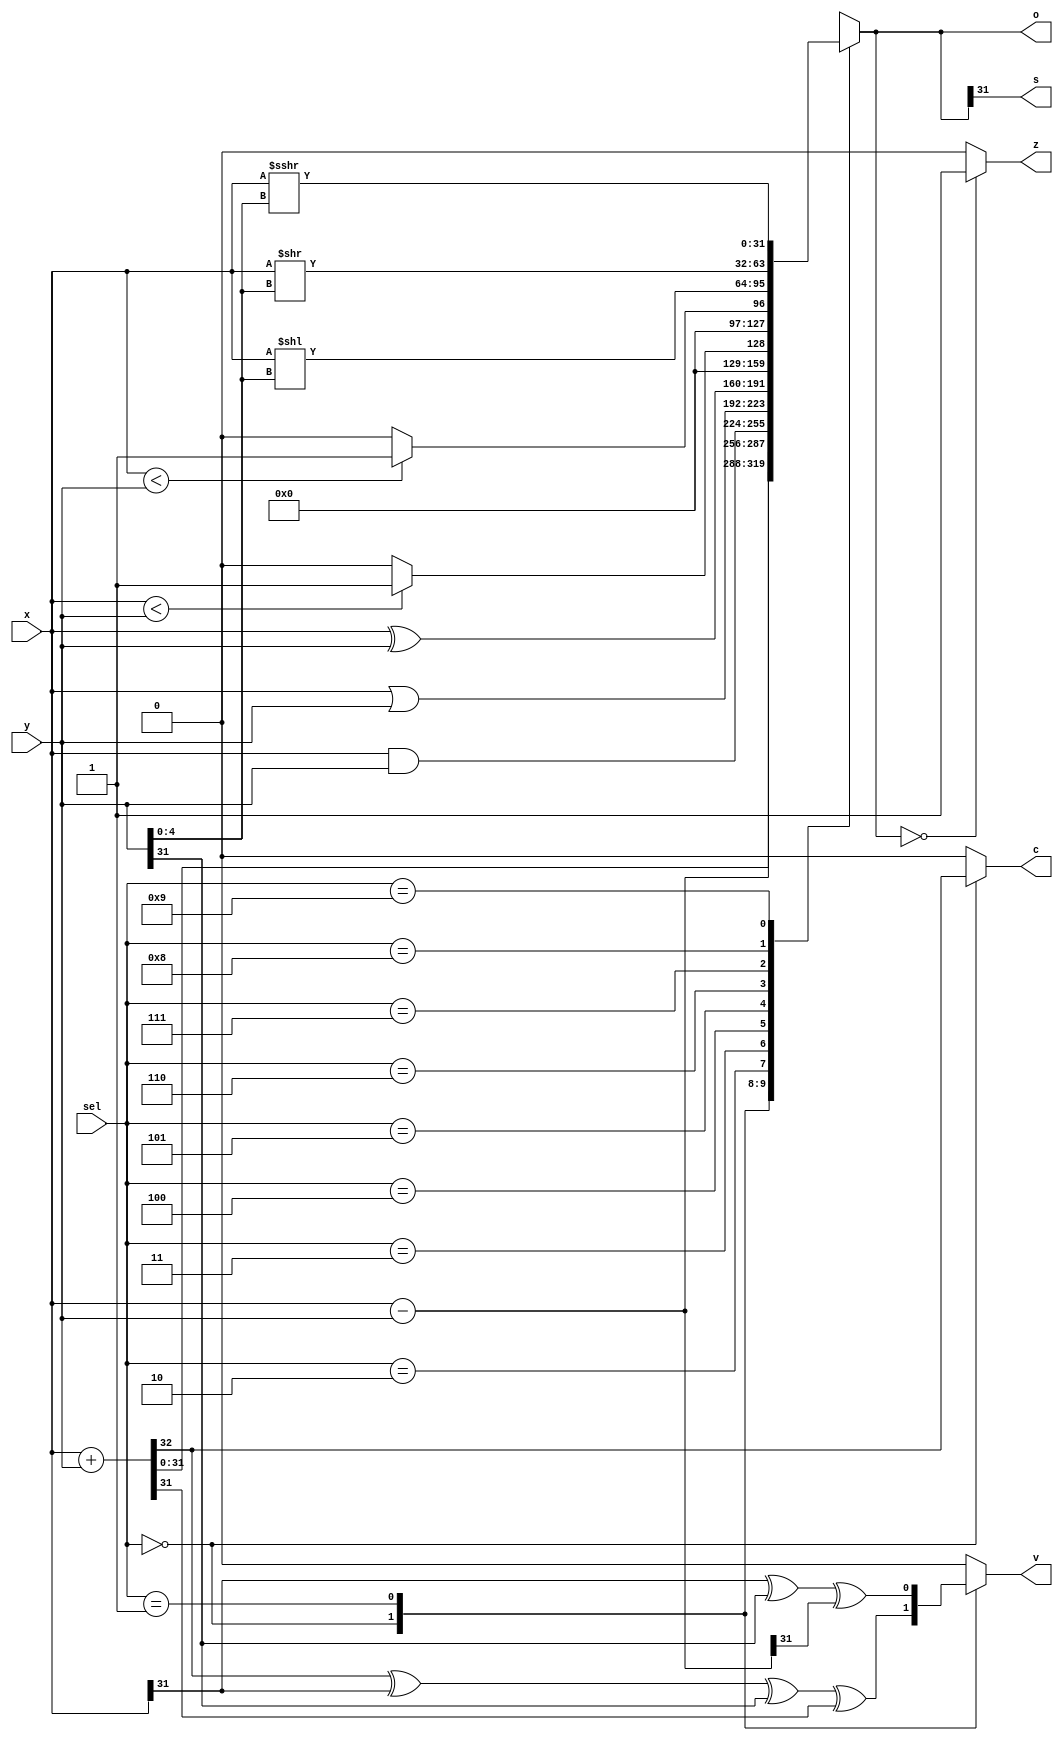
module ALU32 (
    input [3:0] sel,
    input [31:0] x,
    input [31:0] y,
    output reg [31:0] o,
    output reg v,
    output reg z,
    output reg s,
    output reg c
);

parameter ADD =  4'b0000;
parameter SUB =  4'b0001;
parameter AND =  4'b0010;
parameter OR =   4'b0011;
parameter XOR =  4'b0100;
parameter SSLT = 4'b0101;
parameter USLT = 4'b0110;
parameter SLL =  4'b0111;
parameter SLR =  4'b1000;
parameter SRA =  4'b1001;

always @ (sel or x or y)
begin
    c = 0; v = 0;
    
    case (sel)
        ADD: begin {c, o} = x + y; v = c ^ x[31] ^ y[31] ^ o[31]; end               // Addition: output = x + y
        SUB: begin o = x - y; v = c ^ x[31] ^ y[31] ^ o[31]; end                    // Subtraction: output = x - y
        AND: o = x & y;                                                             // Bitwise AND: output = x & y
        OR: o = x | y;                                                              // Bitwise OR: output = x | y
        XOR: o = x ^ y;                                                             // Bitwise XOR: output = x ^ y
        SSLT: o = ($signed(x) < $signed(y))? 32'h00000001 : 32'h00000000;           // Signed Less Than: output = (x < y)? 1 : 0
        USLT: o = (x < y)? 32'h00000001 : 32'h00000000;                             // Unsigned Less Than: output = (x < y)? 1 : 0
        SLL: o = x << y[4:0];                                                       // Logical Shift Left: output = x << y[4:0]
        SLR: o = x >> y[4:0];                                                       // Logical Shift Right: output = x >> y[4:0]
        SRA: o =  $signed(x) >>> y[4:0];                                            // Arithmetic Shift Right
        default: o = 32'hxxxxxxxx;                                                  // Default case
    endcase
    
    s = o[31];
    z = (o == 1'b0)? 32'h00000001 : 32'h00000000;
end

endmodule